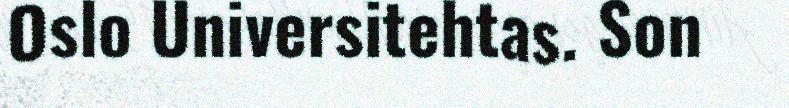
Oslo Universitehtas. Son